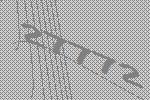
27772